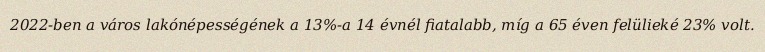
2022-ben a város lakónépességének a 13%-a 14 évnél fiatalabb, míg a 65 éven felülieké 23% volt.